Vaccine operations Central Provinces 1900-1911 - 1900-1911
Year: 1900
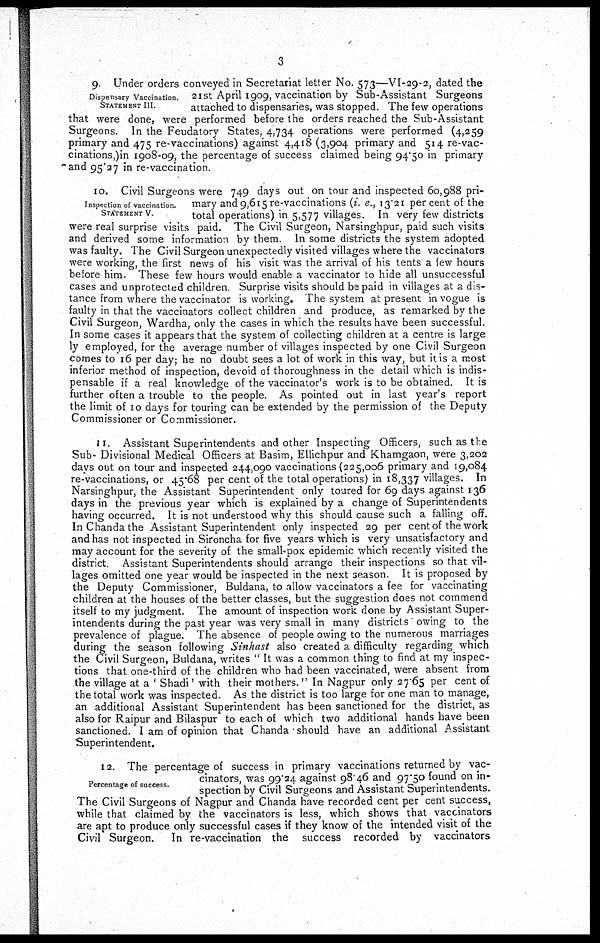
3
Dispensary Vaccination.
STATEMENT III
9 Under orders conveyed in Secretariat letter No. 573—VI-29-2, dated the
21 st April 1909, vaccination by Sub-Assistant Surgeons
attached to dispensaries, was stopped. The few operations
that were done, were performed before the orders reached the Sub-Assistant
Surgeons. In the Feudatory States, 4,734 operations were performed (4,259
primary and 475 re-vaccinations) against 4,418 (3,904 primary and 514 re-vac-
cinations,)in 1908-09, the percentage of success claimed being 94.50 in primary
and 95.27 in re-vaccination.
Inspection of vaccination.
STATEMENT V
10. Civil Surgeons were 749 days out on tour and inspected 60,988 pri-
mary and 9,615 re-vaccinations (i. e., 13.21 per cent of the
total operations) in 5,577 villages. In very few districts
were real surprise visits paid. The Civil Surgeon, Narsinghpur, paid such visits
and derived some information by them In some districts the system adopted
was faulty. The Civil Surgeon unexpectedly visited villages where the vaccinators
were working, the first news of his visit was the arrival of his tents a few hours
before him. These few hours would enable a vaccinator to hide all unsuccessful
cases and unprotected children Surprise visits should be paid in villages at a dis-
tance from where the vaccinator is working. The system at present in vogue is
faulty in that the vaccinators collect children and produce, as remarked by the
Civil Surgeon, Wardha, only the cases in which the results have been successful.
In some cases it appears that the system of collecting children at a centre is large
ly employed, for the average number of villages inspected by one Civil Surgeon
comes to 16 per day; he no doubt sees a lot of work in this way, but it is a most
inferior method of inspection, devoid of thoroughness in the detail which is indis-
pensable if a real knowledge of the vaccinator's work is to be obtained. It is
further often a trouble to the people. As pointed out in last year's report
the limit of 10 days for touring can be extended by the permission of the Deputy
Commissioner or Commissioner.
11. Assistant Superintendents and other Inspecting Officers, such as the
Sub- Divisional Medical Officers at Basim, Ellichpur and Khamgaon, were 3,202
days out on tour and inspected 244,090 vaccinations (225,006 primary and 19,084
re-vaccinations, or 45.68 per cent of the total operations) in 18,337 villages. In
Narsinghpur, the Assistant Superintendent only toured for 69 days against 136
days in the previous year which is explained by a change of Superintendents
having occurred. It is not understood why this should cause such a falling off.
In Chanda the Assistant Superintendent only inspected 29 per cent of the work
and has not inspected in Sironcha for five years which is very unsatisfactory and
may account for the severity of the small-pox epidemic which recently visited the
district. Assistant Superintendents should arrange their inspections so that vil-
lages omitted one year would be inspected in the next season. It is proposed by
the Deputy Commissioner, Buldana, to allow vaccinators a fee for vaccinating
children at the houses of the better classes, but the suggestion does not commend
itself to my judgment. The amount of inspection work done by Assistant Super¬
intendents during the past year was very small in many districts owing to the
prevalence of plague. The absence of people owing to the numerous marriages
during the season following Sinhast also created a difficulty regarding which
the Civil Surgeon, Buldana, writes " It was a common thing to find at my inspec-
tions that one-third of the children who had been vaccinated, were absent from
the village at a ' Shadi' with their mothers." In Nagpur only 27.65 per cent of
the total work was inspected. As the district is too large for one man to manage
an additional Assistant Superintendent has been sanctioned for the district, as
also for Raipur and Bilaspur to each of which two additional hands have been
sanctioned. I am of opinion that Chanda should have an additional Assistant
Superintendent.
Percentage of success.
12. The percentage of success in primary vaccinations returned by vac-
cinators, was 99.24 against 98.46 and 97.50 found on in-
spection by Civil Surgeons and Assistant Superintendents.
The Civil Surgeons of Nagpur and Chanda have recorded cent per cent success,
while that claimed by the vaccinators is less, which shows that vaccinators
are apt to produce only successful cases if they know of the intended visit of the
Civil Surgeon. In re-vaccination the success recorded by vaccinators